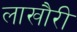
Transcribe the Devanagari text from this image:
लाखौरी